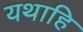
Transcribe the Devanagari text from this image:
यथाहि